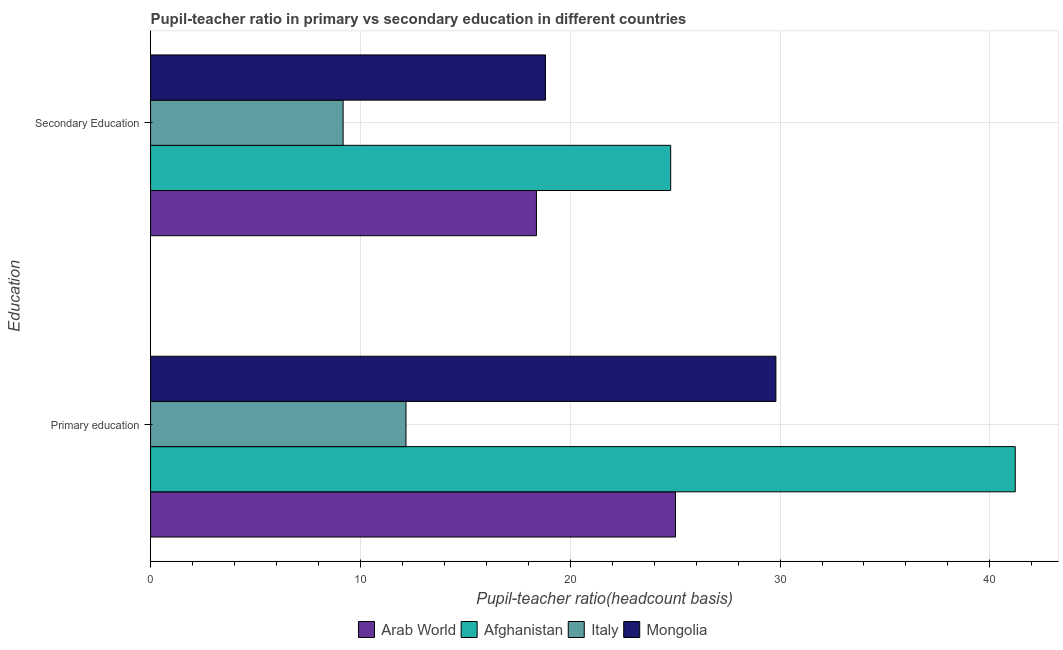
| Education | Arab World | Afghanistan | Italy | Mongolia |
 | --- | --- | --- | --- | --- |
 | Primary education | 25 | 41.2 | 12.2 | 29.8 |
 | Secondary Education | 18.4 | 24.8 | 9.18 | 18.8 |